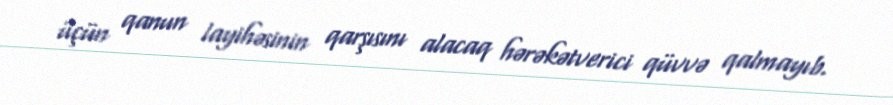
üçün qanun layihəsinin qarşısını alacaq hərəkətverici qüvvə qalmayıb.